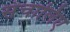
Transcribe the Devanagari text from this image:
संचालिए